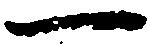
一